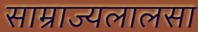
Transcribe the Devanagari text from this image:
साम्राज्यलालसा